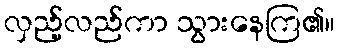
လှည့်လည်ကာ သွားနေကြ၏။